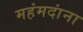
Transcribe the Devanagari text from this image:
महंमदांना